Plague in India, 1896, 1897 - Volume 2
Year: 1896
Disease focus: Plague
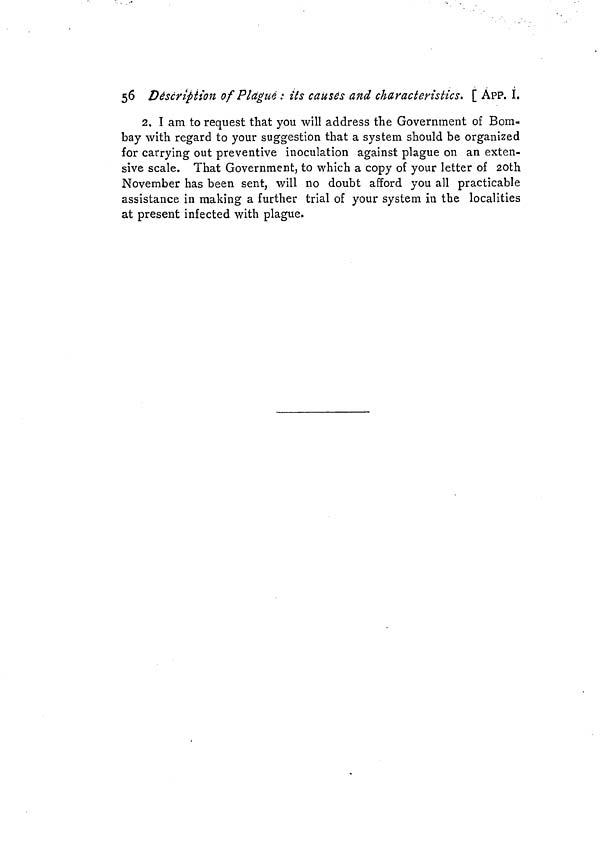
56 Description of Plagué : its causes and characteristics. [ ÁPP. Ï.
2, I am to request that you will address the Government of Bom-
bay with regard to your suggestion that a system should be organized
for carrying out preventive inoculation against plague on an exten-
sive scale. That Government, to which a copy of your letter of 20th
November has been sent, will no doubt afford you all practicable
assistance in making a further trial of your system in the localities
at present infected with plague.